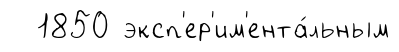
1850 эксп'ер'им'ента́льным